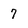
Character: 7